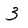
Character: 3